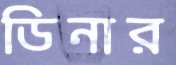
ডিনার